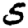
Digit: 5